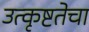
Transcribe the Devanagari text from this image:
उत्कृष्टतेचा